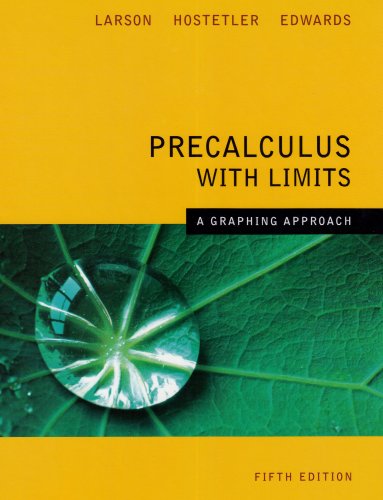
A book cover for Precalculus With Limits A Graphing Approach 5th Edition; Larson; Science & Math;